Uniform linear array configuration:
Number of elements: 64
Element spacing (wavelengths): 0.25
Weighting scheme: hamming
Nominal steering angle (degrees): -45
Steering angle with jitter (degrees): -43.491
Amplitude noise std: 0.05
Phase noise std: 0.05

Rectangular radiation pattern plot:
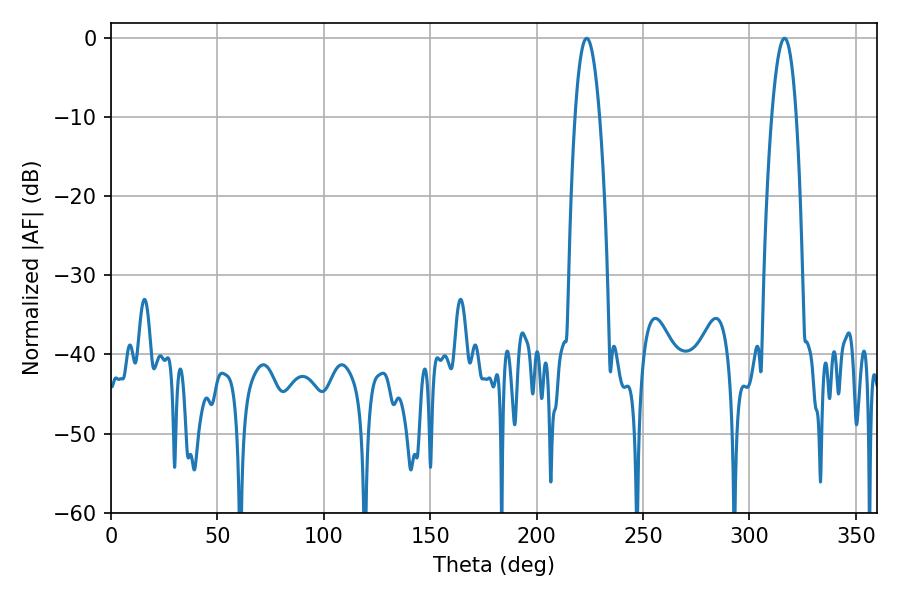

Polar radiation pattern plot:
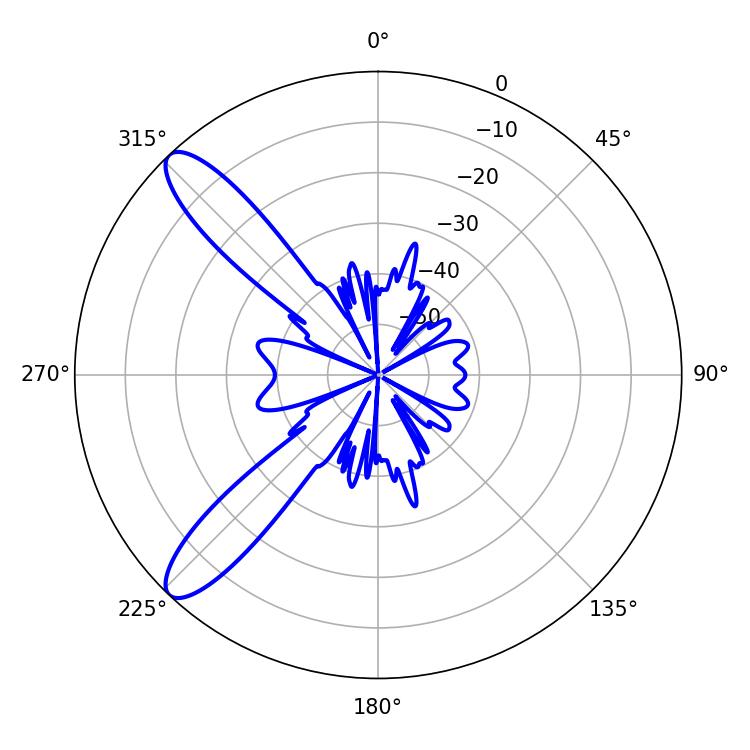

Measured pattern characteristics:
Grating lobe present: FALSE
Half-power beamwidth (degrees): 6.3
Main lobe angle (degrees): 223.56